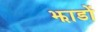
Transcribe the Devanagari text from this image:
झाडों